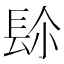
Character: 𨱯